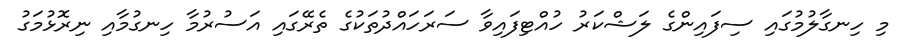
މި ހިނގާލުމުގައި ސިފައިންގެ ލަޝްކަރު ހުއްޓިފައިވާ ސަރަހައްދުތަކުގެ ތެރޭގައި އަސުރުމާ ހިނގުމާއި ނިރޮޅުމަގު